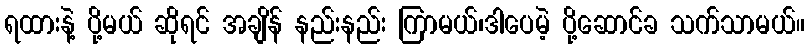
ရထားနဲ့ ပို့မယ် ဆိုရင် အချိန် နည်းနည်း ကြာမယ်၊ဒါပေမဲ့ ပို့ဆောင်ခ သက်သာမယ်။